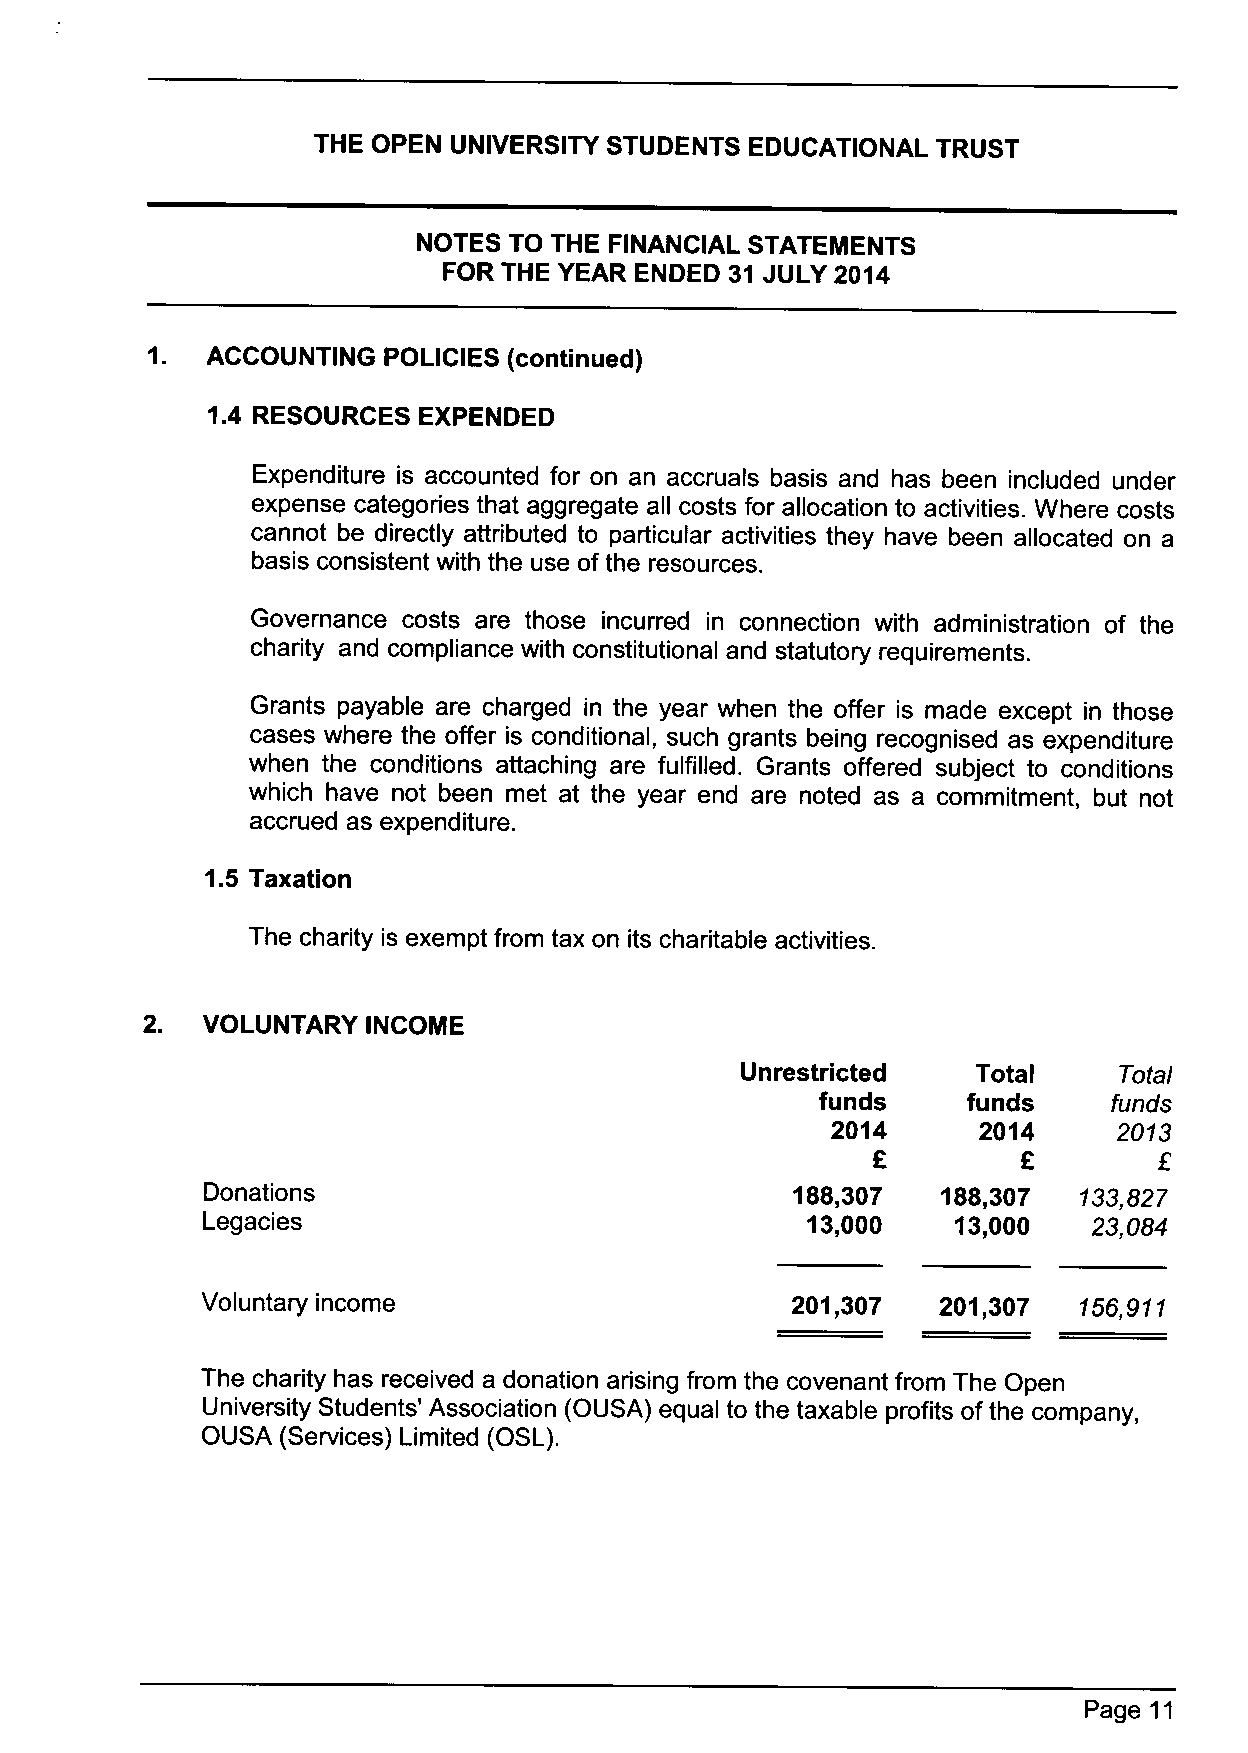
THE OPEN UNIVERSITY STUDENTS EDUCATIONAL TRUST
 NOTES TO THE FINANCIAL STATEMENTS
 FOR THE YEAR ENDED 31 JULY 2014
 1.
 ACCOUNTING POLICIES (continued)
 1.4 RESOURCES EXPENDED
 Expenditure is accounted for on an accruals basis and has been included under
 expense categories that aggregate all costs for allocation to activities. Where costs
 cannot be directly attributed to particular activities they have been allocated on a
 basis consistent with the use of the resources.
 Governance costs are those incurred in connection with administration of the
 charity and compliance with constitutional and statutory requirements.
 Grants payable are charged in the year when the offer is made except in those
 cases where the offer is conditional, such grants being recognised as expenditure
 when the conditions attaching are fulfilled. Grants offered subject to conditions
 which have not been met at the year end are noted as a commitment, but not
 accrued as expenditure.
 1.5 Taxation
 The charity is exempt from tax on its charitable activities.
 2. VOLUNTARY  INCOME
 Unrestricted    Total    Totai
 funds     funds     funds
 2014      2014     2013
 Donations                              188,307  188,307   133,827
 Legacies                                13,000    13,000   23,084
 Voluntary income                       201,307   201,307   156,911
 The charity has received a donation arising from the covenant from The Open
 University Students' Association (OUSA) equal to the taxable profits of the company,
 OUSA  (Services) Limited (OSL).
 Page 11